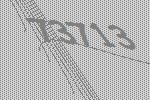
73713